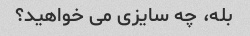
بله، چه سایزی می خواهید؟